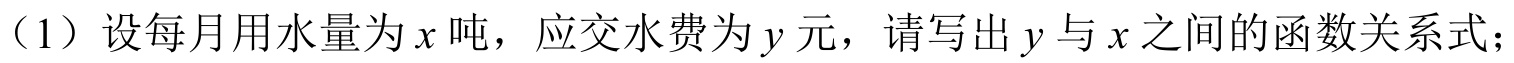
（1）设每月用水量为 \(x\) 吨，应交水费为 \(y\) 元，请写出 \(y\) 与 \(x\) 之间的函数关系式；